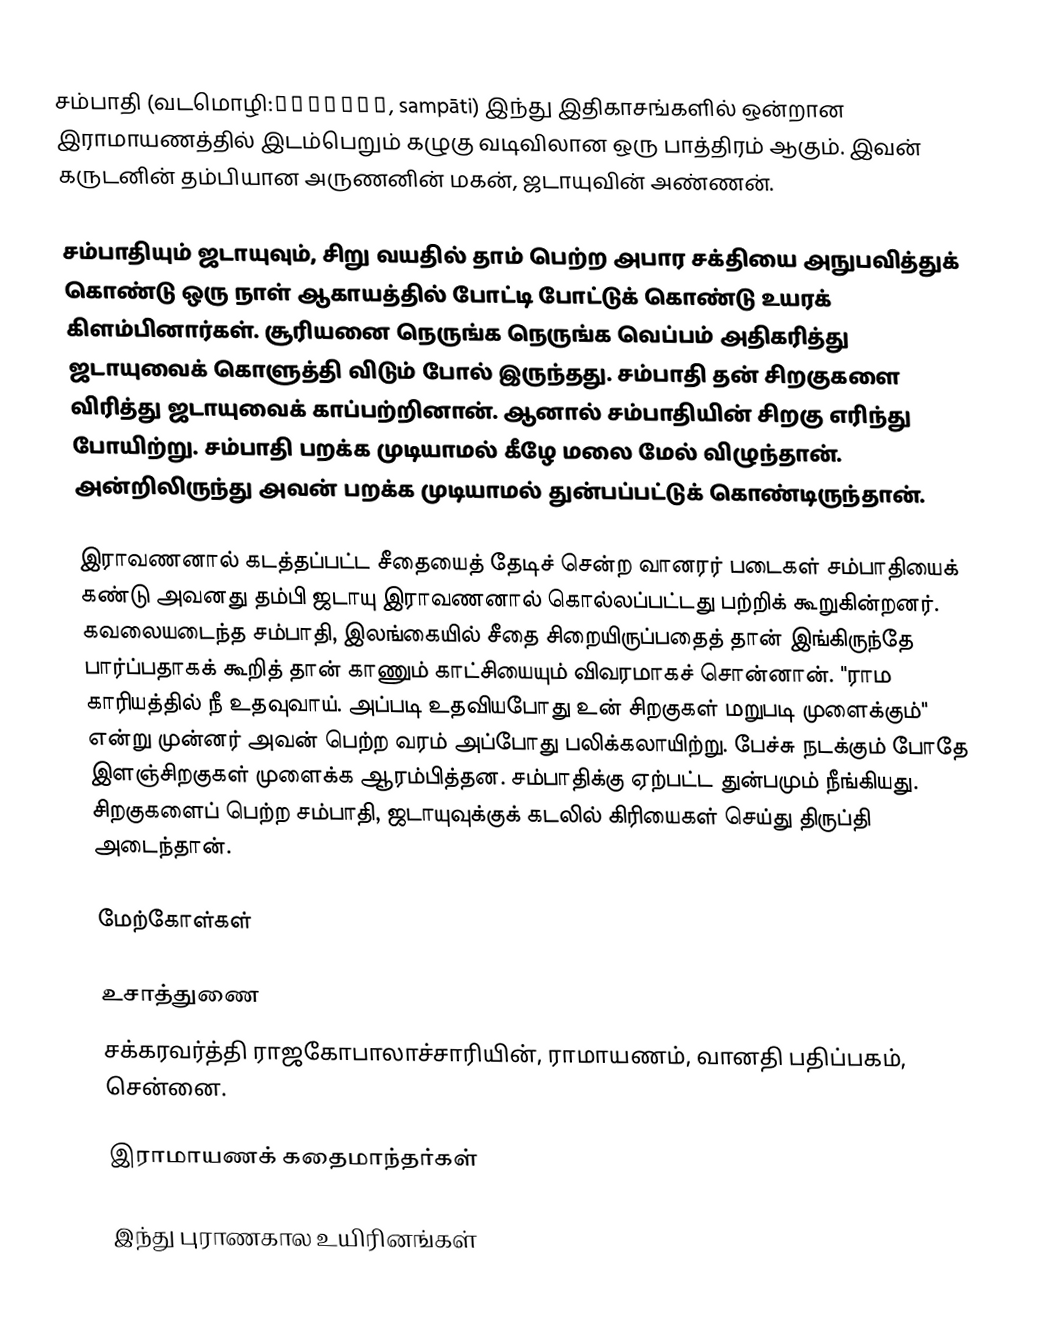
சம்பாதி (வடமொழி:सम्पाति, sampāti) இந்து இதிகாசங்களில் ஒன்றான இராமாயணத்தில் இடம்பெறும் கழுகு வடிவிலான ஒரு பாத்திரம் ஆகும். இவன் கருடனின் தம்பியான அருணனின் மகன், ஜடாயுவின் அண்ணன்.

சம்பாதியும் ஜடாயுவும், சிறு வயதில் தாம் பெற்ற அபார சக்தியை அநுபவித்துக் கொண்டு ஒரு நாள் ஆகாயத்தில் போட்டி போட்டுக் கொண்டு உயரக் கிளம்பினார்கள். சூரியனை நெருங்க நெருங்க வெப்பம் அதிகரித்து ஜடாயுவைக் கொளுத்தி விடும் போல் இருந்தது. சம்பாதி தன் சிறகுகளை விரித்து ஜடாயுவைக் காப்பற்றினான். ஆனால் சம்பாதியின் சிறகு எரிந்து போயிற்று. சம்பாதி பறக்க முடியாமல் கீழே மலை மேல் விழுந்தான். அன்றிலிருந்து அவன் பறக்க முடியாமல் துன்பப்பட்டுக் கொண்டிருந்தான்.

இராவணனால் கடத்தப்பட்ட சீதையைத் தேடிச் சென்ற வானரர் படைகள் சம்பாதியைக் கண்டு அவனது தம்பி ஜடாயு இராவணனால் கொல்லப்பட்டது பற்றிக் கூறுகின்றனர். கவலையடைந்த சம்பாதி, இலங்கையில் சீதை சிறையிருப்பதைத் தான் இங்கிருந்தே பார்ப்பதாகக் கூறித் தான் காணும் காட்சியையும் விவரமாகச் சொன்னான். "ராம காரியத்தில் நீ உதவுவாய். அப்படி உதவியபோது உன் சிறகுகள் மறுபடி முளைக்கும்" என்று முன்னர் அவன் பெற்ற வரம் அப்போது பலிக்கலாயிற்று. பேச்சு நடக்கும் போதே இளஞ்சிறகுகள் முளைக்க ஆரம்பித்தன. சம்பாதிக்கு ஏற்பட்ட துன்பமும் நீங்கியது. சிறகுகளைப் பெற்ற சம்பாதி, ஜடாயுவுக்குக் கடலில் கிரியைகள் செய்து திருப்தி அடைந்தான்.

மேற்கோள்கள்

உசாத்துணை
 சக்கரவர்த்தி ராஜகோபாலாச்சாரியின், ராமாயணம், வானதி பதிப்பகம், சென்னை.

இராமாயணக் கதைமாந்தர்கள்

இந்து புராணகால உயிரினங்கள்